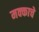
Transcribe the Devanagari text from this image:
मक्काचे